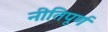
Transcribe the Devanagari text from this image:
नीतिपूर्ण